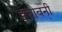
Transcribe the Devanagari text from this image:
डचोवनी